Report of an investigation into the causes of the diseases known in Assam as Kála-Azár and Beri-Beri
Disease focus: Beri-Beri
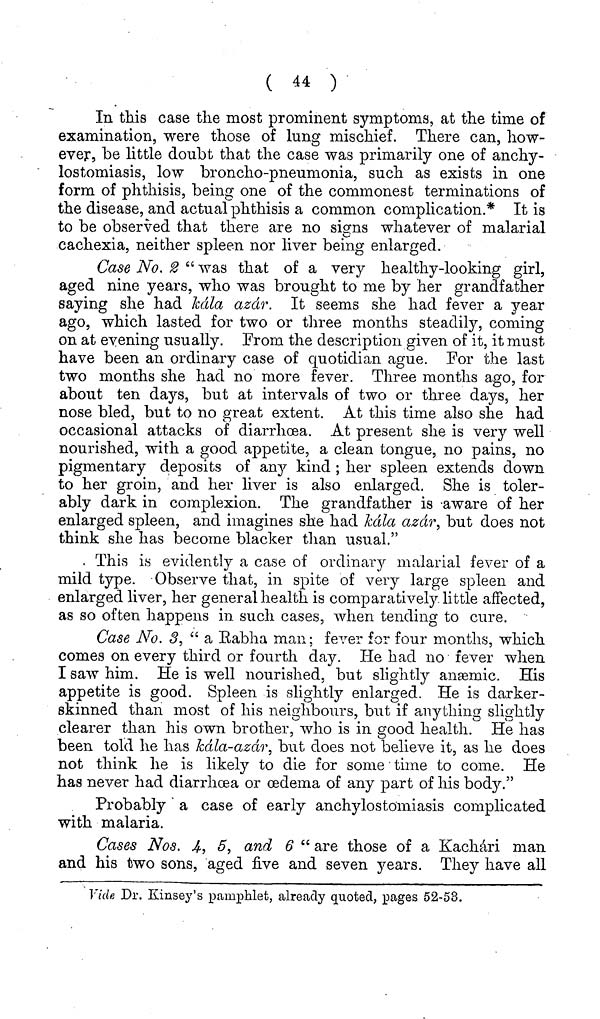
( 44 )
In this case the most prominent symptoms, at the time of
examination, were those of lung mischief. There can, how-
ever, be little doubt that the case was primarily one of anchy-
lostomiasis, low broncho-pneumonia, such as exists in one
form of phthisis, being one of the commonest terminations of
the disease, and actual phthisis a common complication.* It is
to be observed that there are no signs whatever of malarial
cachexia, neither spleen nor liver being enlarged.
Case No, 2 " was that of a very healthy-looking girl,
aged nine years, who was brought to me by her grandfather
saying she had káda azár. It seems she had fever a year
ago, which lasted for two or three months steadily, coming
on at evening usually. From the description given of it, it must
have been an ordinary case of quotidian ague. For the last
two months she had no more fever. Three months ago, for
about ten days, but at intervals of two or three days, her
nose bled, but to no great extent. At this time also she had
occasional attacks of diarrhœa. At present she is very well
nourished, with a good appetite, a clean tongue, no pains, no
pigmentary deposits of any kind ; her spleen extends down
to her groin, and her liver is also enlarged. She is toler-
ably dark in complexion. The grandfather is aware of her
enlarged spleen, and imagines she had kála azár, but does not
think she has become blacker than usual."
This is evidently a case of ordinary malarial fever of a
mild type. Observe that, in spite of very large spleen and
enlarged liver, her general health is comparatively little affected,
as so often happens in such cases, when tending to cure.
Case No. 3, " a Rabha man; fever for four months, which
comes on every third or fourth day. He had no fever when
I saw him. He is well nourished, but slightly anæemic. His
appetite is good. Spleen is slightly enlarged. He is darker-
skinned than most of his neighbours, but if anything slightly
clearer than his own brother, who is in good health. He has
been told he has kála-azár, but does not believe it, as he does
not think he is likely to die for some time to come. He
has never had diarrhoea or oedema of any part of his body."
Probably a case of early anchylostomiasis complicated
with malaria.
Cases Nos. 4, 5, and 6 " are those of a Kachári man
and his two sons, aged five and seven years. They have all
Vide Dr. Kinsey's pamphlet, already quoted, pages 52-53.